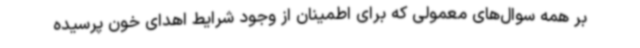
بر همه سوال‌های معمولی که برای اطمینان از وجود شرایط اهدای خون پرسیده